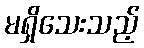
မရှိသေးသည့်